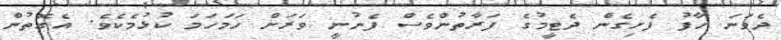
ދެވަނަ ހާފު ފެށިގެން ދެޓީމުގެ ފަރާތުންވެސް ފެނުނީ ވަރަށް ހަމަހަމަ ކުޅުމެކެވެ. އެގޮތުން